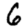
Digit: 6